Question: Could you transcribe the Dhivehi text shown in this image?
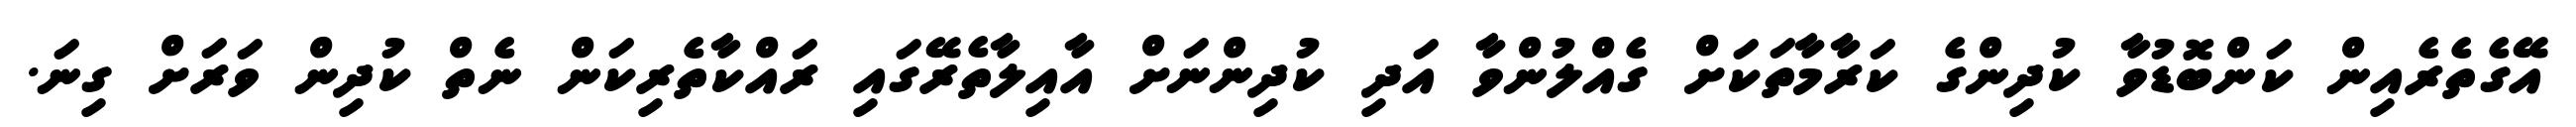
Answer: އޭގެތެރެއިން ކަންބޮޑުވާ ކުދިންގެ ކަރާމާތަކަށް ގެއްލުންވާ އަދި ކުދިންނަށް އާއިލާތެރޭގައި ރައްކާތެރިކަން ނެތް ކުދިން ވަރަށް ގިނަ.